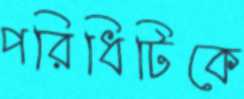
পরিধিটিকে